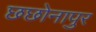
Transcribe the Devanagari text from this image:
छछोनापुर